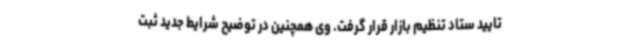
تایید ستاد تنظیم‌ بازار قرار گرفت. وی همچنین در توضیح شرایط جدید ثبت